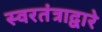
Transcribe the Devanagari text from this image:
स्वरतंत्राद्वारे